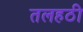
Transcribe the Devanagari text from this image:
तलहठी